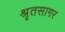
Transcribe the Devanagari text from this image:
श्रृतसागर